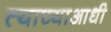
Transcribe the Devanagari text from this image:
त्याच्याआधी